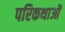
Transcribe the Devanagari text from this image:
परिकथाओं